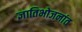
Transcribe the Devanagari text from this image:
ज्ञातिभोजनांत